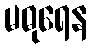
မဓုရေန